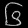
Digit: ၆